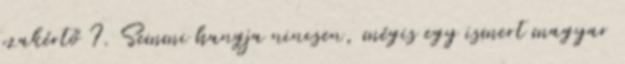
szakértő I. Semmi hangja nincsen, mégis egy ismert magyar